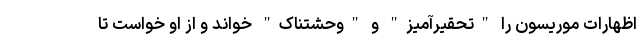
اظهارات موریسون را "تحقیرآمیز" و "وحشتناک" خواند و از او خواست تا